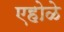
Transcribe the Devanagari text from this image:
एहोळे